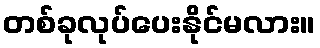
တစ်ခုလုပ်ပေးနိုင်မလား။